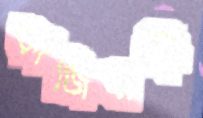
কাজিবাড়ী